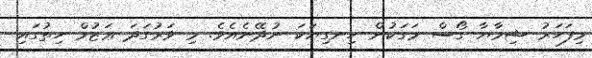
މިފަހަރު ޝިމާޔާ ގޯސް މަގަކުން ހިނގިޔަކަ ނުދޭނެއެވެ. މި ވަރުގަދަ ޢަޒުމް ހިތުގައި